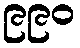
၉၉၀